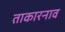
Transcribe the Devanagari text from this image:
ताकारनाव